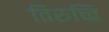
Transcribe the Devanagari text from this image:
तिरुच्चि